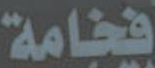
فخامة